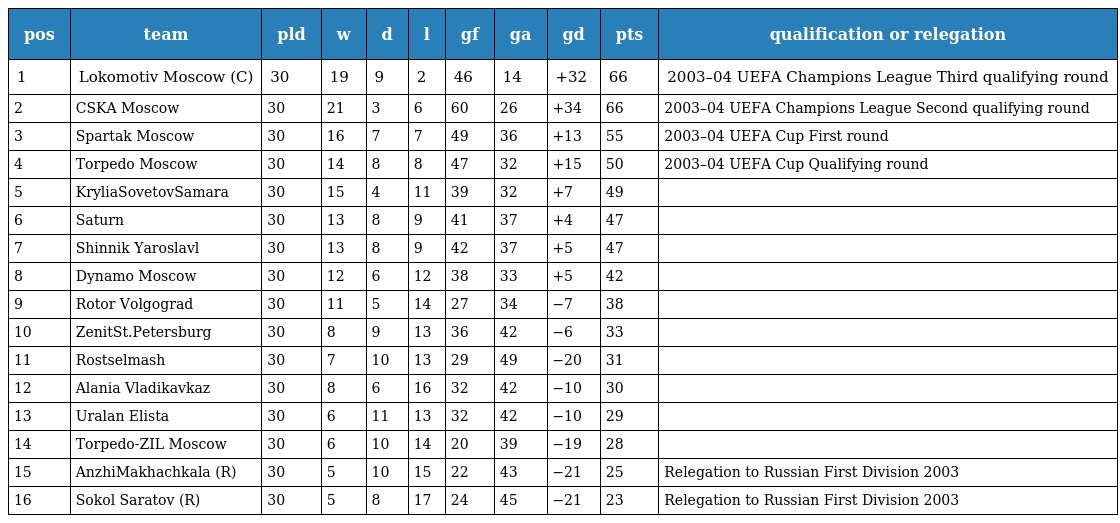
| pos | team | pld | w | d | l | gf | ga | gd | pts | qualification or relegation |
 | --- | --- | --- | --- | --- | --- | --- | --- | --- | --- | --- |
 | 1 | Lokomotiv Moscow (C) | 30 | 19 | 9 | 2 | 46 | 14 | +32 | 66 | 2003–04 UEFA Champions League Third qualifying round |
 | 2 | CSKA Moscow | 30 | 21 | 3 | 6 | 60 | 26 | +34 | 66 | 2003–04 UEFA Champions League Second qualifying round |
 | 3 | Spartak Moscow | 30 | 16 | 7 | 7 | 49 | 36 | +13 | 55 | 2003–04 UEFA Cup First round |
 | 4 | Torpedo Moscow | 30 | 14 | 8 | 8 | 47 | 32 | +15 | 50 | 2003–04 UEFA Cup Qualifying round |
 | 5 | KryliaSovetovSamara | 30 | 15 | 4 | 11 | 39 | 32 | +7 | 49 |  |
 | 6 | Saturn | 30 | 13 | 8 | 9 | 41 | 37 | +4 | 47 |  |
 | 7 | Shinnik Yaroslavl | 30 | 13 | 8 | 9 | 42 | 37 | +5 | 47 |  |
 | 8 | Dynamo Moscow | 30 | 12 | 6 | 12 | 38 | 33 | +5 | 42 |  |
 | 9 | Rotor Volgograd | 30 | 11 | 5 | 14 | 27 | 34 | −7 | 38 |  |
 | 10 | ZenitSt.Petersburg | 30 | 8 | 9 | 13 | 36 | 42 | −6 | 33 |  |
 | 11 | Rostselmash | 30 | 7 | 10 | 13 | 29 | 49 | −20 | 31 |  |
 | 12 | Alania Vladikavkaz | 30 | 8 | 6 | 16 | 32 | 42 | −10 | 30 |  |
 | 13 | Uralan Elista | 30 | 6 | 11 | 13 | 32 | 42 | −10 | 29 |  |
 | 14 | Torpedo-ZIL Moscow | 30 | 6 | 10 | 14 | 20 | 39 | −19 | 28 |  |
 | 15 | AnzhiMakhachkala (R) | 30 | 5 | 10 | 15 | 22 | 43 | −21 | 25 | Relegation to Russian First Division 2003 |
 | 16 | Sokol Saratov (R) | 30 | 5 | 8 | 17 | 24 | 45 | −21 | 23 | Relegation to Russian First Division 2003 |